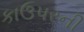
કાઉપરની